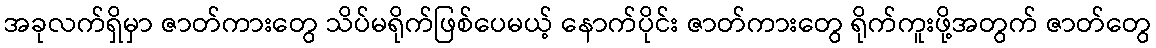
အခုလက်ရှိမှာ ဇာတ်ကားတွေ သိပ်မရိုက်ဖြစ်ပေမယ့် နောက်ပိုင်း ဇာတ်ကားတွေ ရိုက်ကူးဖို့အတွက် ဇာတ်တွေ